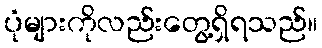
ပုံများကိုလည်းတွေ့ရှိရသည်။